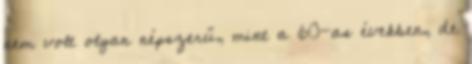
nem volt olyan népszerű, mint a 60-as években, de